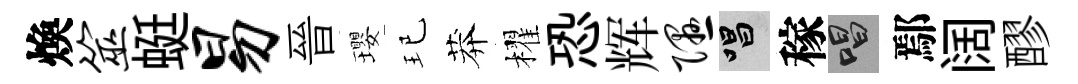
煥筮蜓易晉瓔玘莽櫂恐辉隰唱稼唱鄢阔醪